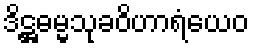
ဒိဋ္ဌဓမ္မသုခဝိဟာရံယေဝ